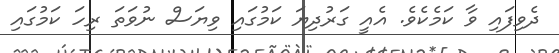
ދެވިފައި ވާ ކަމެކެވެ. އެއީ ގަރުދިޔަ ކަމުގައި ވިޔަސް ނުވަތަ ރިހަ ކަމުގައި